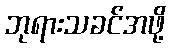
ဘုရားသခင်အဖို့